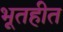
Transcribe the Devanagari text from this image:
भूतहीत